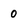
Character: 0